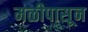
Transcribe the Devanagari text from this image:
मळीपासून